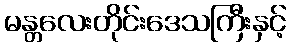
မန္တလေးတိုင်းဒေသကြီးနှင့်